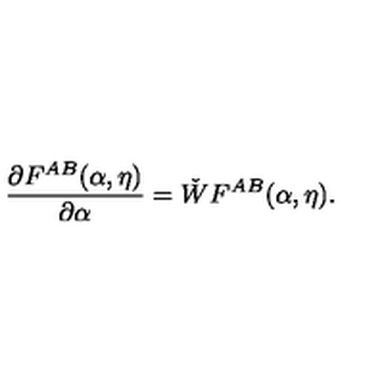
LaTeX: \frac { \partial F ^ { A B } ( \alpha , \eta ) } { \partial \alpha } = \check { W } F ^ { A B } ( \alpha , \eta ) .